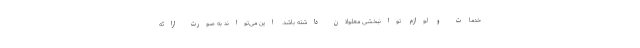
خدمات و لوازم توانبخشی معلولان داشته باشد. این می‌تواند به صورت ارائه